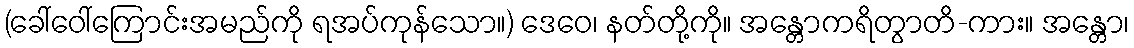
(ခေါ်ဝေါ်ကြောင်းအမည်ကို ရအပ်ကုန်သော။) ဒေဝေ၊ နတ်တို့ကို။ အန္တောကရိတွာတိ-ကား။ အန္တော၊